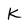
Character: K